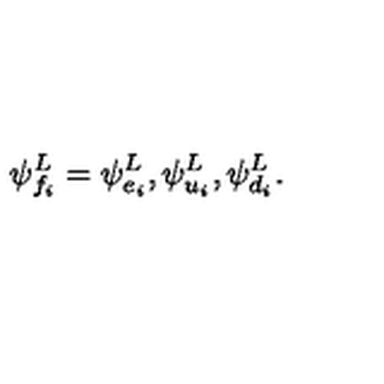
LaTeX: \psi _ { f _ { i } } ^ { L } = \psi _ { e _ { i } } ^ { L } , \psi _ { u _ { i } } ^ { L } , \psi _ { d _ { i } } ^ { L } \/ .